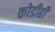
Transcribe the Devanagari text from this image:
कोडीही